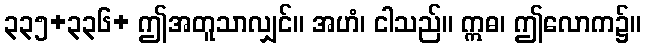
၃၃၅+၃၃၆+ ဤအတူသာလျှင်။ အဟံ၊ ငါသည်။ ဣဓ၊ ဤလောက၌။